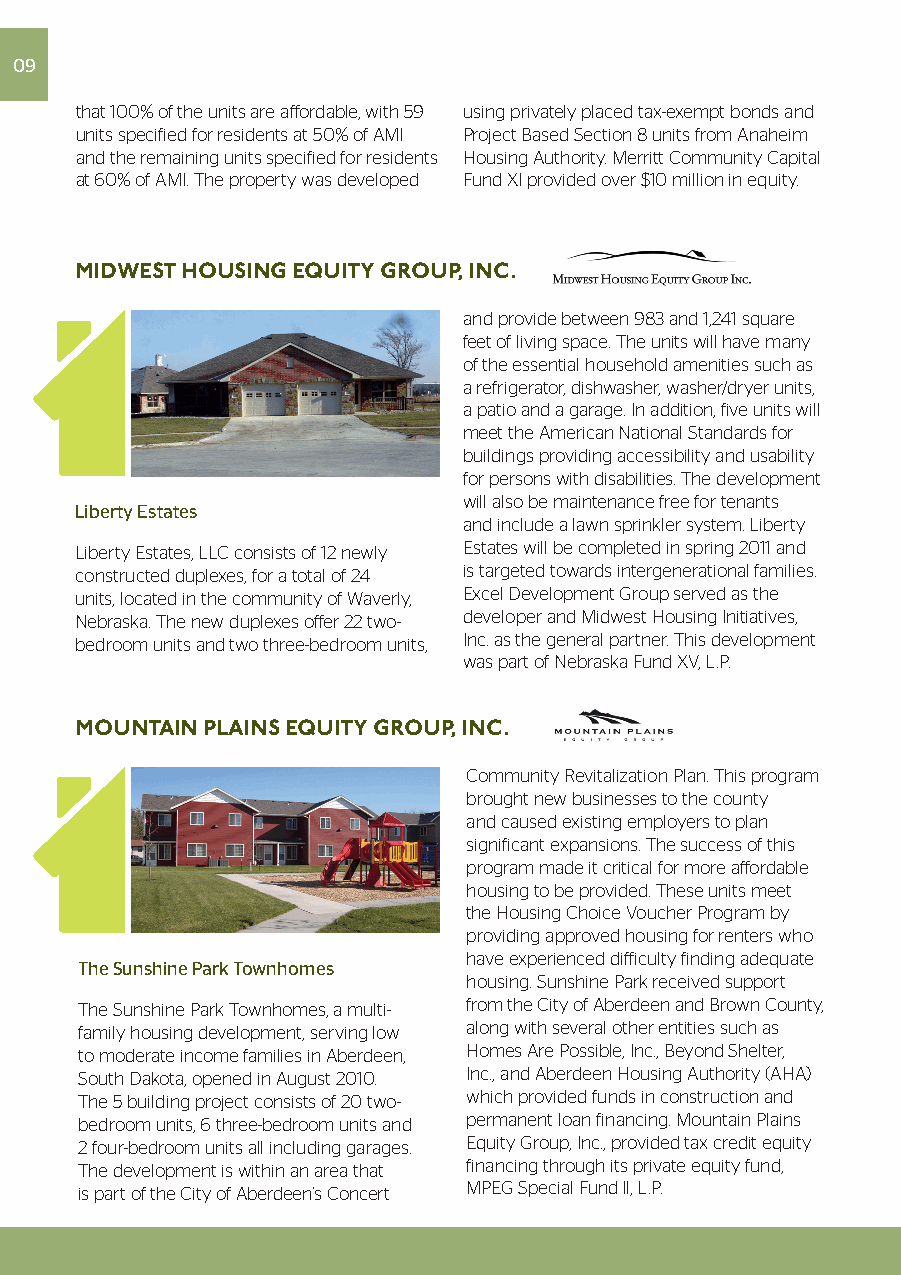
09
 that 100% of the units are affordable, with 59 using privately placed tax-exempt bonds and
 units specified for residents at 50% of AMI Project Based Section 8 units from Anaheim
 and the remaining units specified for residents Housing Authority. Merritt Community Capital
 at 60% of AMI. The property was developed Fund XI provided over $10 million in equity.
 MIDWEST HOUSING EQUITY GROUP, INC.
 and provide between 983 and 1,241 square
 feet of living space. The units will have many
 of the essential household amenities such as
 a refrigerator, dishwasher, washer/dryer units,
 a patio and a garage. In addition, five units will
 meet the American National Standards for
 buildings providing accessibility and usability
 for persons with disabilities. The development
 will also be maintenance free for tenants
 Liberty Estates
 and include a lawn sprinkler system. Liberty
 Liberty Estates, LLC consists of 12 newly Estates will be completed in spring 2011 and
 constructed duplexes, for a total of 24 is targeted towards intergenerational families.
 units, located in the community of Waverly, Excel Development Group served as the
 Nebraska. The new duplexes offer 22 two- developer and Midwest Housing Initiatives,
 bedroom units and two three-bedroom units, Inc. as the general partner. This development
 was part of Nebraska Fund XV, L.P.
 MOUNTAIN PLAINS EQUITY GROUP, INC.
 Community Revitalization Plan. This program
 brought new businesses to the county
 and caused existing employers to plan
 significant expansions. The success of this
 program made it critical for more affordable
 housing to be provided. These units meet
 the Housing Choice Voucher Program by
 providing approved housing for renters who
 have experienced difficulty finding adequate
 The Sunshine Park Townhomes
 housing. Sunshine Park received support
 The Sunshine Park Townhomes, a multi- from the City of Aberdeen and Brown County,
 family housing development, serving low along with several other entities such as
 to moderate income families in Aberdeen, Homes Are Possible, Inc., Beyond Shelter,
 South Dakota, opened in August 2010. Inc., and Aberdeen Housing Authority (AHA)
 The 5 building project consists of 20 two- which provided funds in construction and
 bedroom units, 6 three-bedroom units and permanent loan financing. Mountain Plains
 2 four-bedroom units all including garages. Equity Group, Inc., provided tax credit equity
 The development is within an area that financing through its private equity fund,
 is part of the City of Aberdeen’s Concert MPEG Special Fund ll, L.P.